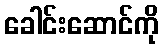
ခေါင်းဆောင်ကို